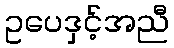
ဥပေဒှင့်အညီ